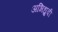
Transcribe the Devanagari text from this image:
अभिध्रुवी